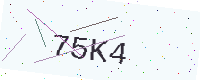
Text: 75K4